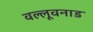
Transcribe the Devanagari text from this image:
वल्लूवनाड